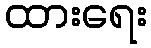
ထားရေး